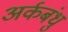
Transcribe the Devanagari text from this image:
अर्कबंधु